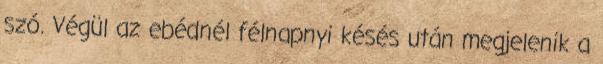
szó. Végül az ebédnél félnapnyi késés után megjelenik a